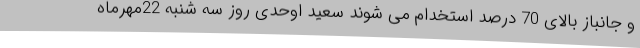
و جانباز بالای 70 درصد استخدام می شوند سعید اوحدی روز سه شنبه 22مهرماه